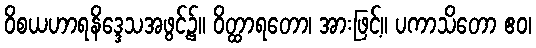
ဝိစယဟာရနိဒ္ဒေသအဖွင့်၌။ ဝိတ္ထာရတော၊ အားဖြင့်။ ပကာသိတော ဧဝ၊